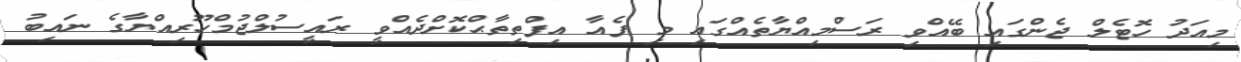
މިއަދު ހޮޓެލް ޖެންގައި ބޭއްވި ރަސްމިއްޔާތެއްގައި މި ފެއާ އިފްތިތާޙްކޮށްދެއްވީ ރައީސުލްޖުމްހޫރިއްޔާގެ ނައިބު